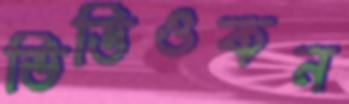
ভিডিওকন